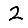
Digit: 2